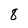
Character: 8